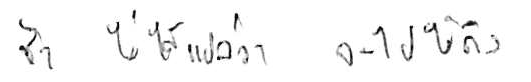
ช้า ไม่ได้แปลว่า จะไปไม่ถึง